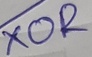
Text: XOR